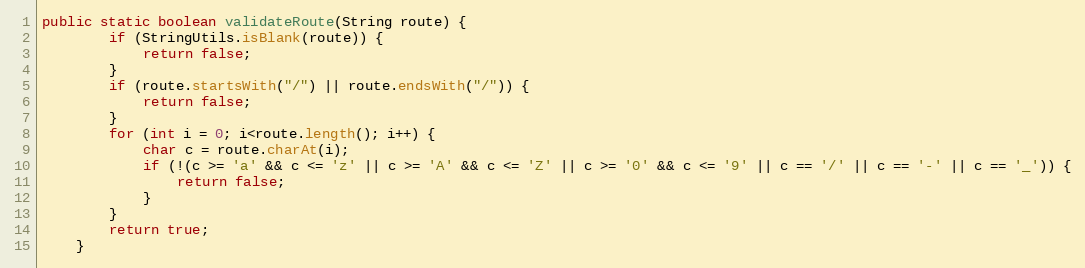
Language: Java
public static boolean validateRoute(String route) {
		if (StringUtils.isBlank(route)) {
			return false;
		}
		if (route.startsWith("/") || route.endsWith("/")) {
			return false;
		}
		for (int i = 0; i<route.length(); i++) {
			char c = route.charAt(i);
			if (!(c >= 'a' && c <= 'z' || c >= 'A' && c <= 'Z' || c >= '0' && c <= '9' || c == '/' || c == '-' || c == '_')) {
				return false;
			}
		}
		return true;
	}